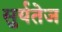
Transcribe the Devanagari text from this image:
सुर्यतेज